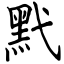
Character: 黓